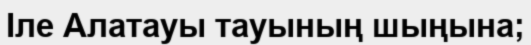
Іле Алатауы тауының шыңына;